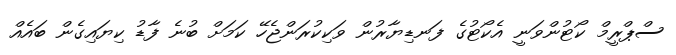
ސްޕްރީމް ކޯޓުންވަނީ އެކޯޓުގެ ފަނޑިޔާރުން ވަކިކުރަންޖެހޭ ކަމަށް ބުނެ ފާޑު ކިޔައިގެން ބައެއް